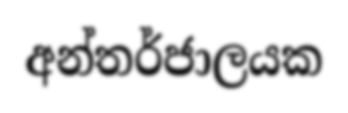
අන්තර්ජාලයක